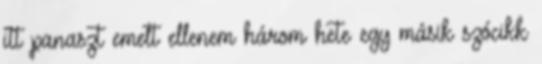
itt panaszt emelt ellenem három hete egy másik szócikk